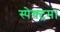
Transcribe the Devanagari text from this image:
स्पेक्ट्रम।